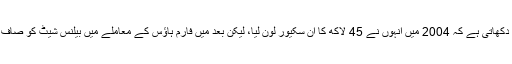
بیلنس شیٹ دکھاتی ہے کہ 2004 میں انہوں نے 45 لاکھ کا اَن سکیور لون لیا، لیکن بعد میں فارم ہاؤس کے معاملے میں بیلنس شیٹ کو صاف کر دیا گیا۔